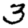
Digit: 3